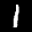
Label: 1